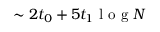
\sim 2 t _ { 0 } + 5 t _ { 1 } \textrm { l o g } N